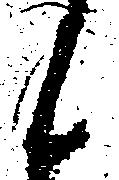
候